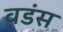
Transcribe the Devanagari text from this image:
वडंस